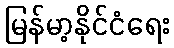
မြန်မာ့နိုင်ငံရေး